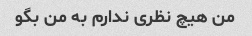
من هیچ نظری ندارم به من بگو